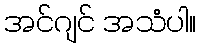
အင်ဂျင် အသံပါ။